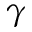
\gamma